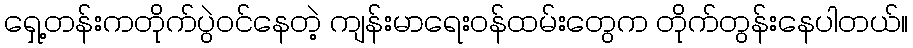
ရှေ့တန်းကတိုက်ပွဲဝင်နေတဲ့ ကျန်းမာရေးဝန်ထမ်းတွေက တိုက်တွန်းနေပါတယ်။